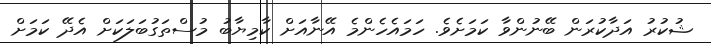
ޝުކުރު އަދާކުރަން ބޭނުންވާ ކަމަށެވެ. ހަމައެހެންމެ އޭނާއަށް ކާމިޔާބު މުސްތަގުބަލަކަށް އެދޭ ކަމަށް